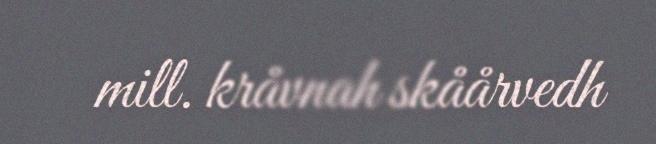
mill. kråvnah skåårvedh